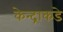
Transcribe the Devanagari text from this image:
केन्द्राकडे